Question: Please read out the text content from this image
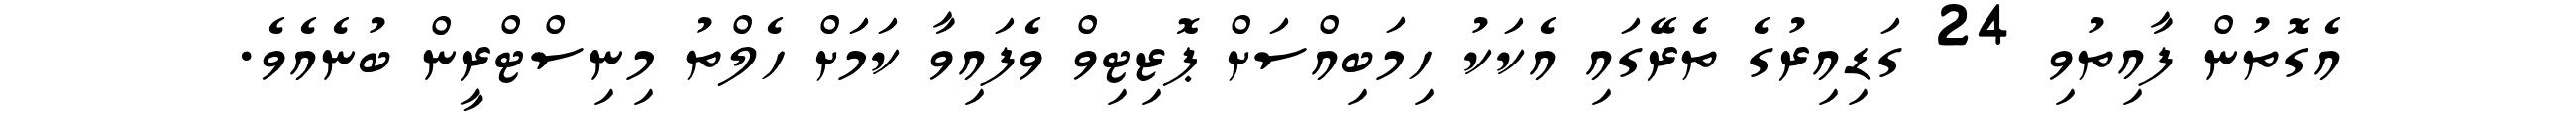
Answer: އެގޮތުން ފާއިތުވި 24 ގަޑިއިރުގެ ތެރޭގައި އެކަކު ހިމަބިއްސަށް ޕޮޒިޓިވް ވެފައިވާ ކަމަށް ހެލްތު މިނިސްޓްރީން ބުނެއެވެ.